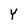
Character: Y